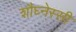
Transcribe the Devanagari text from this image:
शौघ्नेस्सी